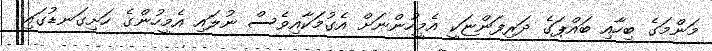
މަންމަގެ ބިހާއި ބައްޕަގެ ދަރިފަންޏަކީ އެމީހުންނަށް އެގުމަކާއިވެސް ނުލައި އެމީހުންގެ ހަށިގަނޑުގައި